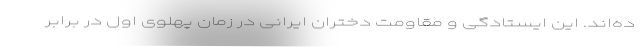
ده‌اند. این ایستادگی و مقاومت دختران ایرانی در زمان پهلوی اول در برابر